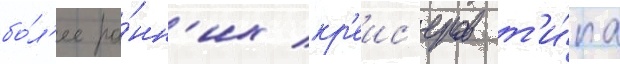
бо́л'ее ра́нн'их кр'еис'еров т'и́па